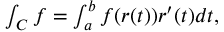
\textstyle \int _ { C } f = \int _ { a } ^ { b } f ( r ( t ) ) r ^ { \prime } ( t ) d t ,